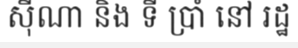
ស៊ីណា និង ទី ប្រាំ នៅ រដ្ឋ